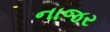
નાજર